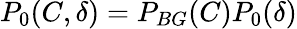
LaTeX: P_{0}(C,\delta)=P_{BG}(C)P_{0}(\delta)